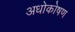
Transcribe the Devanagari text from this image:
अधोकोषण